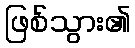
ဖြစ်သွား၏